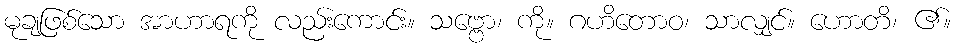
မုချဖြစ်သော အာဟာရကို လည်းကောင်း။ သဗ္ဗော၊ ကို။ ဂဟိတောဝ၊ သာလျှင်။ ဟောတိ၊ ၏။